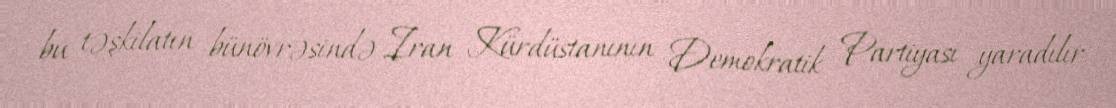
bu təşkilatın bünövrəsində Iran Kürdüstanının Demokratik Partiyası yaradılır.